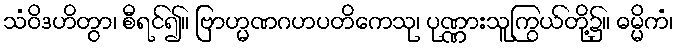
သံဝိဒဟိတွာ၊ စီရင်၍။ ဗြာဟ္မဏဂဟပတိကေသု၊ ပုဏ္ဏားသူကြွယ်တို့၌။ ဓမ္မိကံ၊